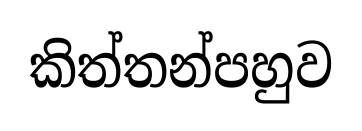
කිත්තන්පහුව